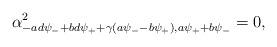
LaTeX: \begin{align*}\alpha^2_{-ad \psi_- + bd \psi_+ + \gamma(a \psi_- - b \psi_+), a\psi_+ + b \psi_-} = 0,\end{align*}